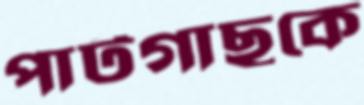
পাটগাছকে